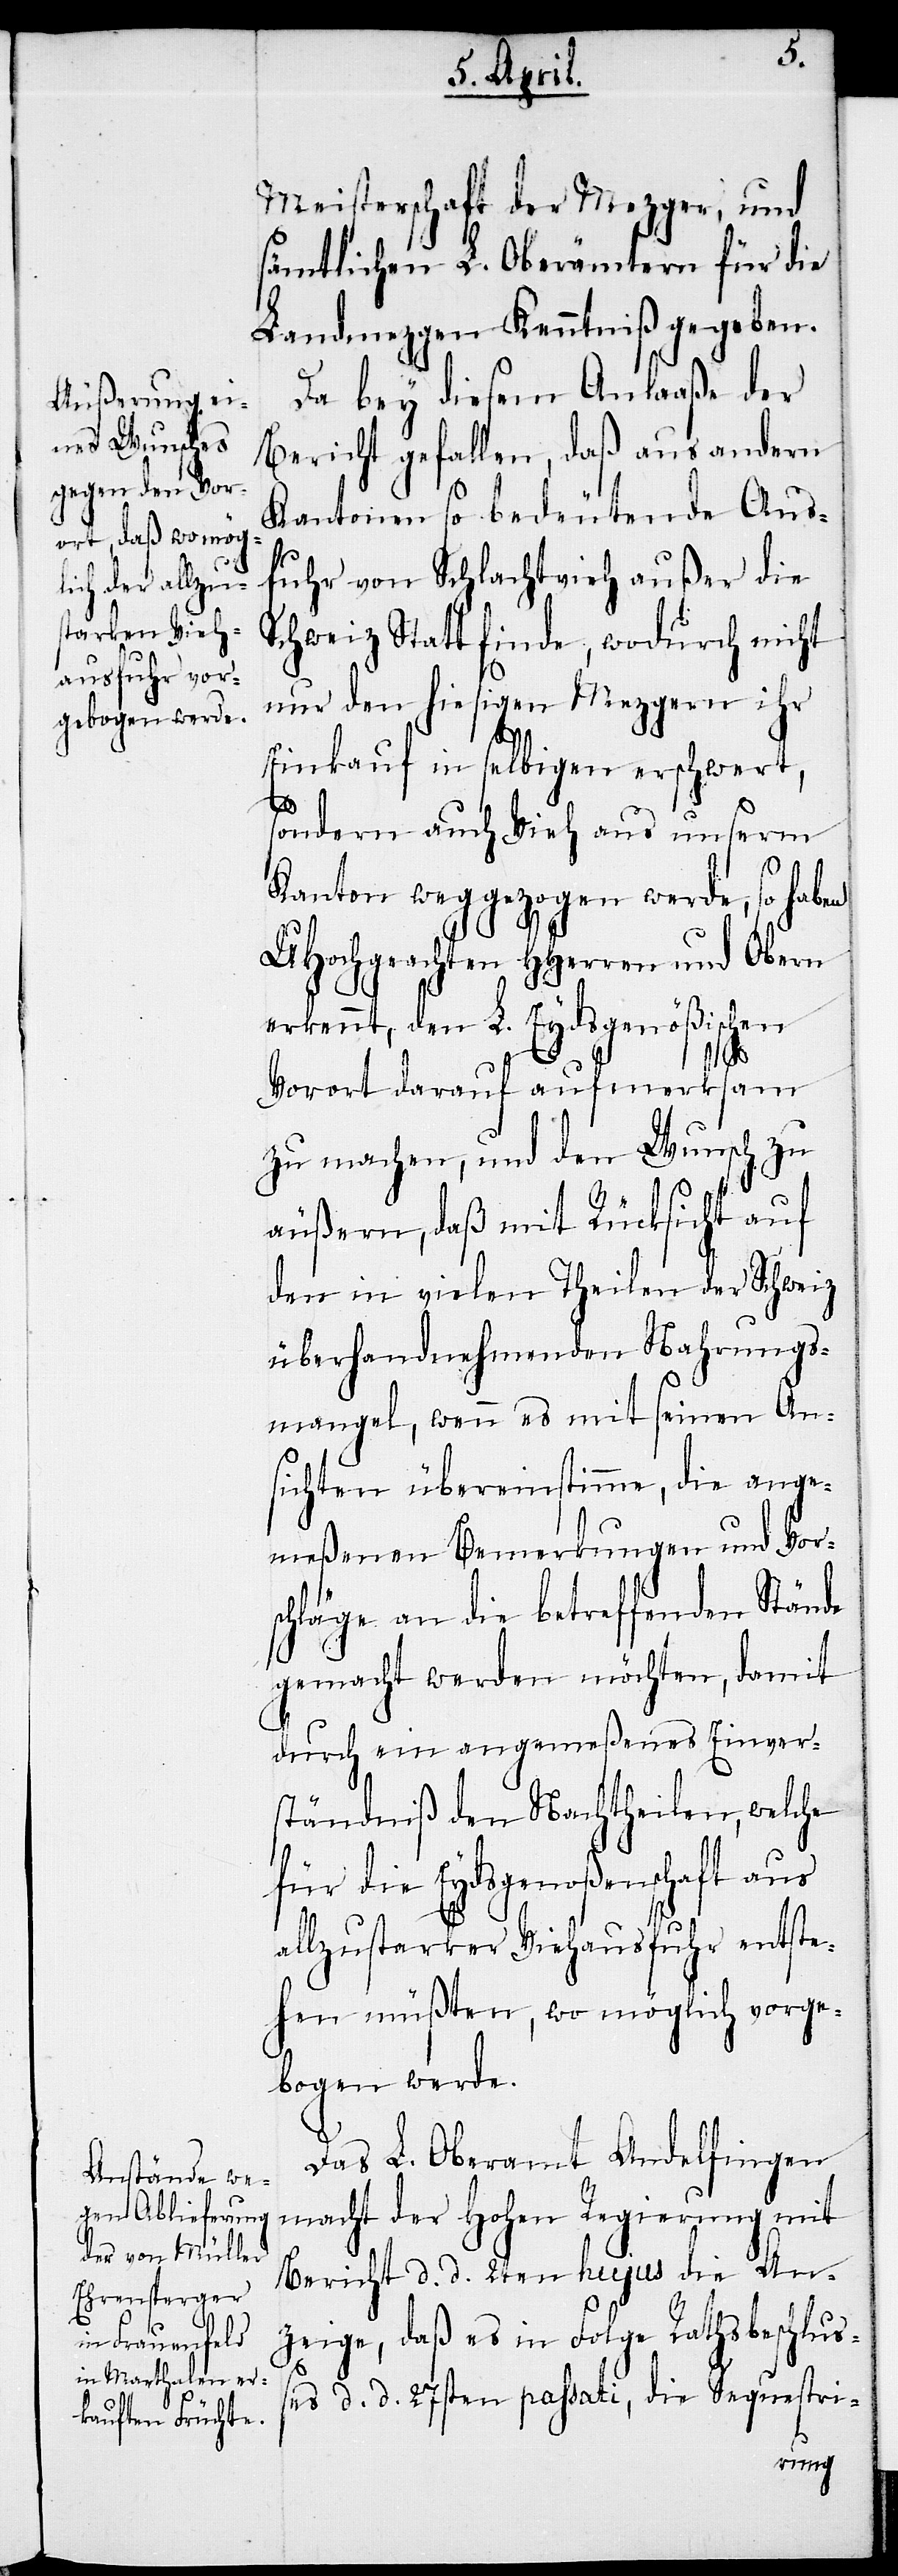
Meisterschaft der Mezger, und
sämtlichen L. Oberämtern für die
Landmezgen Kenntniß gegeben.
Da bey diesem Anlaaße der
Bericht gefallen, daß aus andern
Kantonen so bedeutende Aus¬
fuhr von Schlachtvieh außer die
Schweiz Statt finde, wodurch nicht
nur den hiesigen Mezgern ihr
Einkauf in selbigen erschwert,
sondern auch Vieh aus unserm
Kanton weggezogen werde, so haben
UHochgeachten HHerren und Obern
erkennt, den L. Eydsgenößischen
Vorort darauf aufmerksam
zu machen, und den Wunsch zu
äußern, daß mit Rücksicht auf
den in vielen Theilen der Schweiz
überhandnehmenden Nahrungs¬
mangel, wenn es mit seinen An¬
sichten übereinstimme, die ange¬
meßenen Bemerkungen und Vor¬
schläge an die betreffenden Stände
gemacht werden möchten, damit
durch ein angemeßenes Einver¬
ständniß den Nachtheilen, welche
für die Eydsgenoßenschaft aus
allzustarker Viehausfuhr entste¬
hen müßten, wo möglich vorge¬
bogen werde.
Das L. Oberamt Andelfingen
macht der Hohen Regierung mit
Bericht d. d. 2ten hujus die An¬
zeige, daß es in Folge Rathsbeschluß¬
es d. d. 27sten passati, die Sequestri-